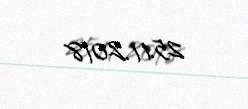
25.11.2018